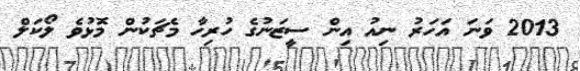
2013 ވަނަ އަހަރު ނިއު އިން ސީޒަނުގެ ހުރިހާ މެޗަކުން މޮޅުވެ ލޯކަލް